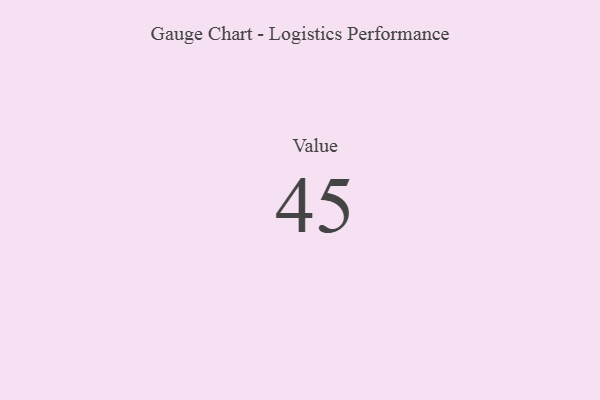
{"axis": {"x": "Metric", "y": "Value"}, "legend": [""], "data": [{"x": "Value", "y": 45, "type": ""}]}